Annual administration report of the Civil Veterinary Department of India - 1899-1900
Year: 1899
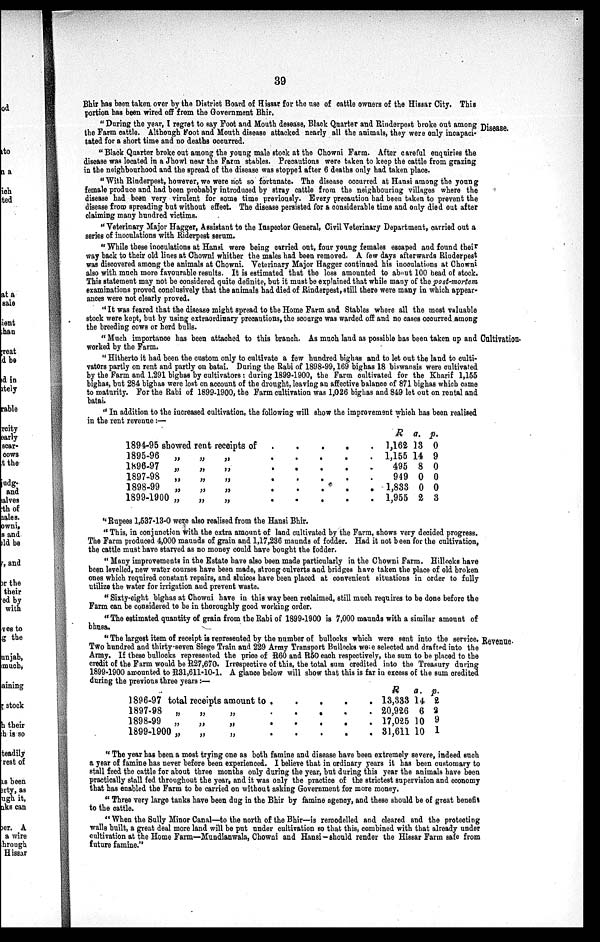
39
Bhir has been taken over by the District Board of Hissar for the use of cattle owners of the Hissar City. This
portion has been wired off from the Government Bhir.
Disease.
"During the year, I regret to say Foot and Mouth desease, Black Quarter and Rinderpest broke out among
the Farm cattle. Although Foot and Mouth disease attacked nearly all the animals, they were only incapaci-
tated for a short time and no deaths occurred.
"Black Quarter broke out among the young male stook at the Chowni Farm. After careful enquiries the
disease was located in a Jhowl near the Farm stables. Precautions were taken to keep the cattle from grazing
in the neighbourhood and the spread of the disease was stopped after 6 deaths only had taken place.
"With Rinderpest, however, we were not so fortunate. The disease occurred at Hansi among the young
female produce and had been probably introduced by stray cattle from the neighbouring villages where the
disease had been very virulent for some time previously. Every precaution had been taken to prevent the
disease from spreading but without effect. The disease persisted for a considerable time and only died out after
claiming many hundred victims.
"Veterinary Major Hagger, Assistant to the Inspector General, Civil Veterinary Department, carried out a
series of inoculations with Riderpest serum.
" While these inoculations at Hansi were being carried out, four young females escaped and found their
way back to their old lines at Chowni whither the males had been removed. A few days afterwards Rinderpest
was discovered among the animals at Chowni. Veterinary Major Hagger continued his inoculations at Chowni
also with much more favourable results. It is estimated that the loss amounted to about 100 bead of stock.
This statement may not be considered quite definite, but it must be explained that while many of the post-mortem
examinations proved conclusively that the animals had died of Rinderpest, still there were many in which appear-
ances were not clearly proved.
"It was feared that the disease might spread to the Home Farm and Stables where all the most valuable
stock were kept, but by using extraordinary precautions, the scourge was warded off and no cases occurred among
the breeding cows or herd bulls.
Cultivation.
"Much importance has been attached to this branch. As much laud as possible has been taken up and
worked by the Farm.
"Hitherto it had been the custom only to cultivate a few hundred bighas and to let out the land to culti-
vators partly on rent and partly on batai. During the Rabi of 1898-99, 169 bighas 18 biswansis were cultivated
by the Farm and 1,291 bighas by cultivators: during 1899-1900, the Farm cultivated for the Kharif 1,155
bighas, but 284 bighas were lost on account of the drought, leaving an affective balance of 871 bighas which came
to maturity. For the Rabi of 1899-1900, the Farm cultivation was 1,026 bighas and 849 let out on rental and
batai.
"In addition to the increased cultivation, the following will show the improvement which has been realised
in the rent revenue :—
1894-95 showed rent receipts of
1895-96 „ „ „
1896-97 „ „ „
1897-98
„
„ „
1898-99
„ „ „
1899-1900 „
„ „
.
.
.
.
.
.
.
.
.
.
.
.
.
.
.
.
.
.
.
.
.
.
.
.
.
.
.
.
.
.
R
1,162
1,155
495
949
1,833
1,955
a.
13
14
8
0
0
2
P.
0
9
0
0
0
3
"Rupees 1,537-13-0 were also realised from the Hansi Bhir.
"This, in conjunction with the extra amount of land cultivated by the Farm, shows very decided progress.
The Farm produced 4,000 maunds of grain and 1,17,236 maunds of fodder. Had it not been for the cultivation,
the cattle must have starved as no money could have bought the fodder.
"Many improvements in the Estate have also been made particularly in the Chowni Farm. Hillocks have
been levelled, new water courses have been made, strong culverts and bridges have taken the place of old broken
ones which required constant repairs, and sluices have been placed at convenient situations in order to fully
utilize the water for irrigation and prevent waste.
"Sixty-eight bighas at Chowni have in this way been reclaimed, still much requires to be done before the
Farm can be considered to be in thoroughly good working order.
"The estimated quantity of grain from the Rabi of 1899-1900 is 7,000 maunds with a similar amount of
bhusa.
Revenue.
"The largest item of receipt is represented by the number of bullocks which were sent into the service.
Two hundred and thirty-seven Siege Train and 229 Army Transport Bullocks were selected and drafted into the
Army. If these bullocks represented the price of R60 and R50 each respectively, the sum to be placed to the
credit of the Farm would be R27,670. Irrespective of this, the total sum credited into the Treasury during
1899-1900 amounted to R31,611-10-1. A glance below will show that this is far in excess of the sum credited
during the previous three years:—
1896-97 total receipts amount to
1897-98 „ „ „
1898-99
„
„
„
1899-1900 „
„
„
.
.
.
.
.
.
.
.
.
.
.
.
.
.
.
.
.
.
.
.
R
13,333
20,926
17,025
31,611
a.
14
6
10
10
p.
2
2
9
1
"The year has been a most trying one as both famine and disease have been extremely severe, indeed such
a year of famine has never before been experienced. I believe that in ordinary years it has been customary to
stall feed the cattle for about three months only during the year, but during this year the animals have been
practically stall fed throughout the year, and it was only the practice of the strictest supervision and economy
that has enabled the Farm to be carried on without asking Government for more money.
" Three very large tanks have been dug in the Bhir by famine agency, and these should be of great benefit
to the cattle.
"When the Sully Minor Canal—to the north of the Bhir—is remodelled and cleared and the protecting
walls built, a great deal more land will be put under cultivation so that this, combined with that already under
cultivation at the Home Farm—Mundianwala, Chowni and Hansi-should render the Hissar Farm safe from
future famine."